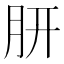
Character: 𭨩